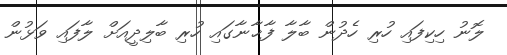
ލޮނު ހިކިފައި ހުރި ހެދުން ބާލާ ފާޚާނާގައި ހުރި ބާލިދީއަށް ލާފައި ވަޅުން